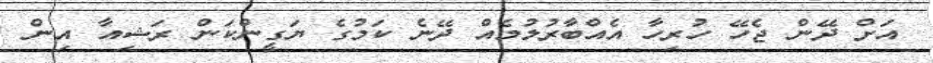
އަށް ދޭން ޖެހޭ ހުރިހާ އެއްބާރުލުމެއް ދޭނެ ކަމުގެ ޔަގީންކަން ރަޝިއާ އިން